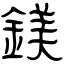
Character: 鎂